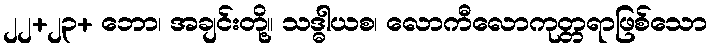
၂၂+၂၃+ ဘော၊ အချင်းတို့။ သဒ္ဓါယစ၊ လောကီလောကုတ္တရာဖြစ်သော